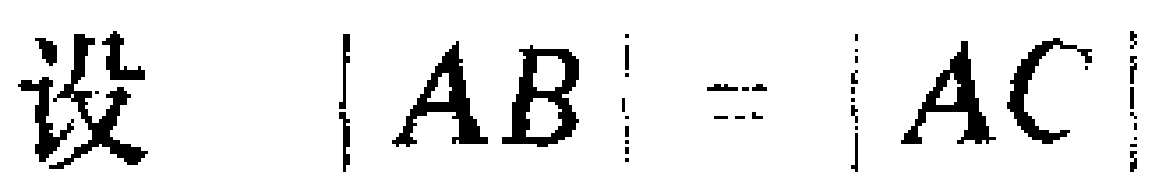
设 \(|AB| = |AC|\)